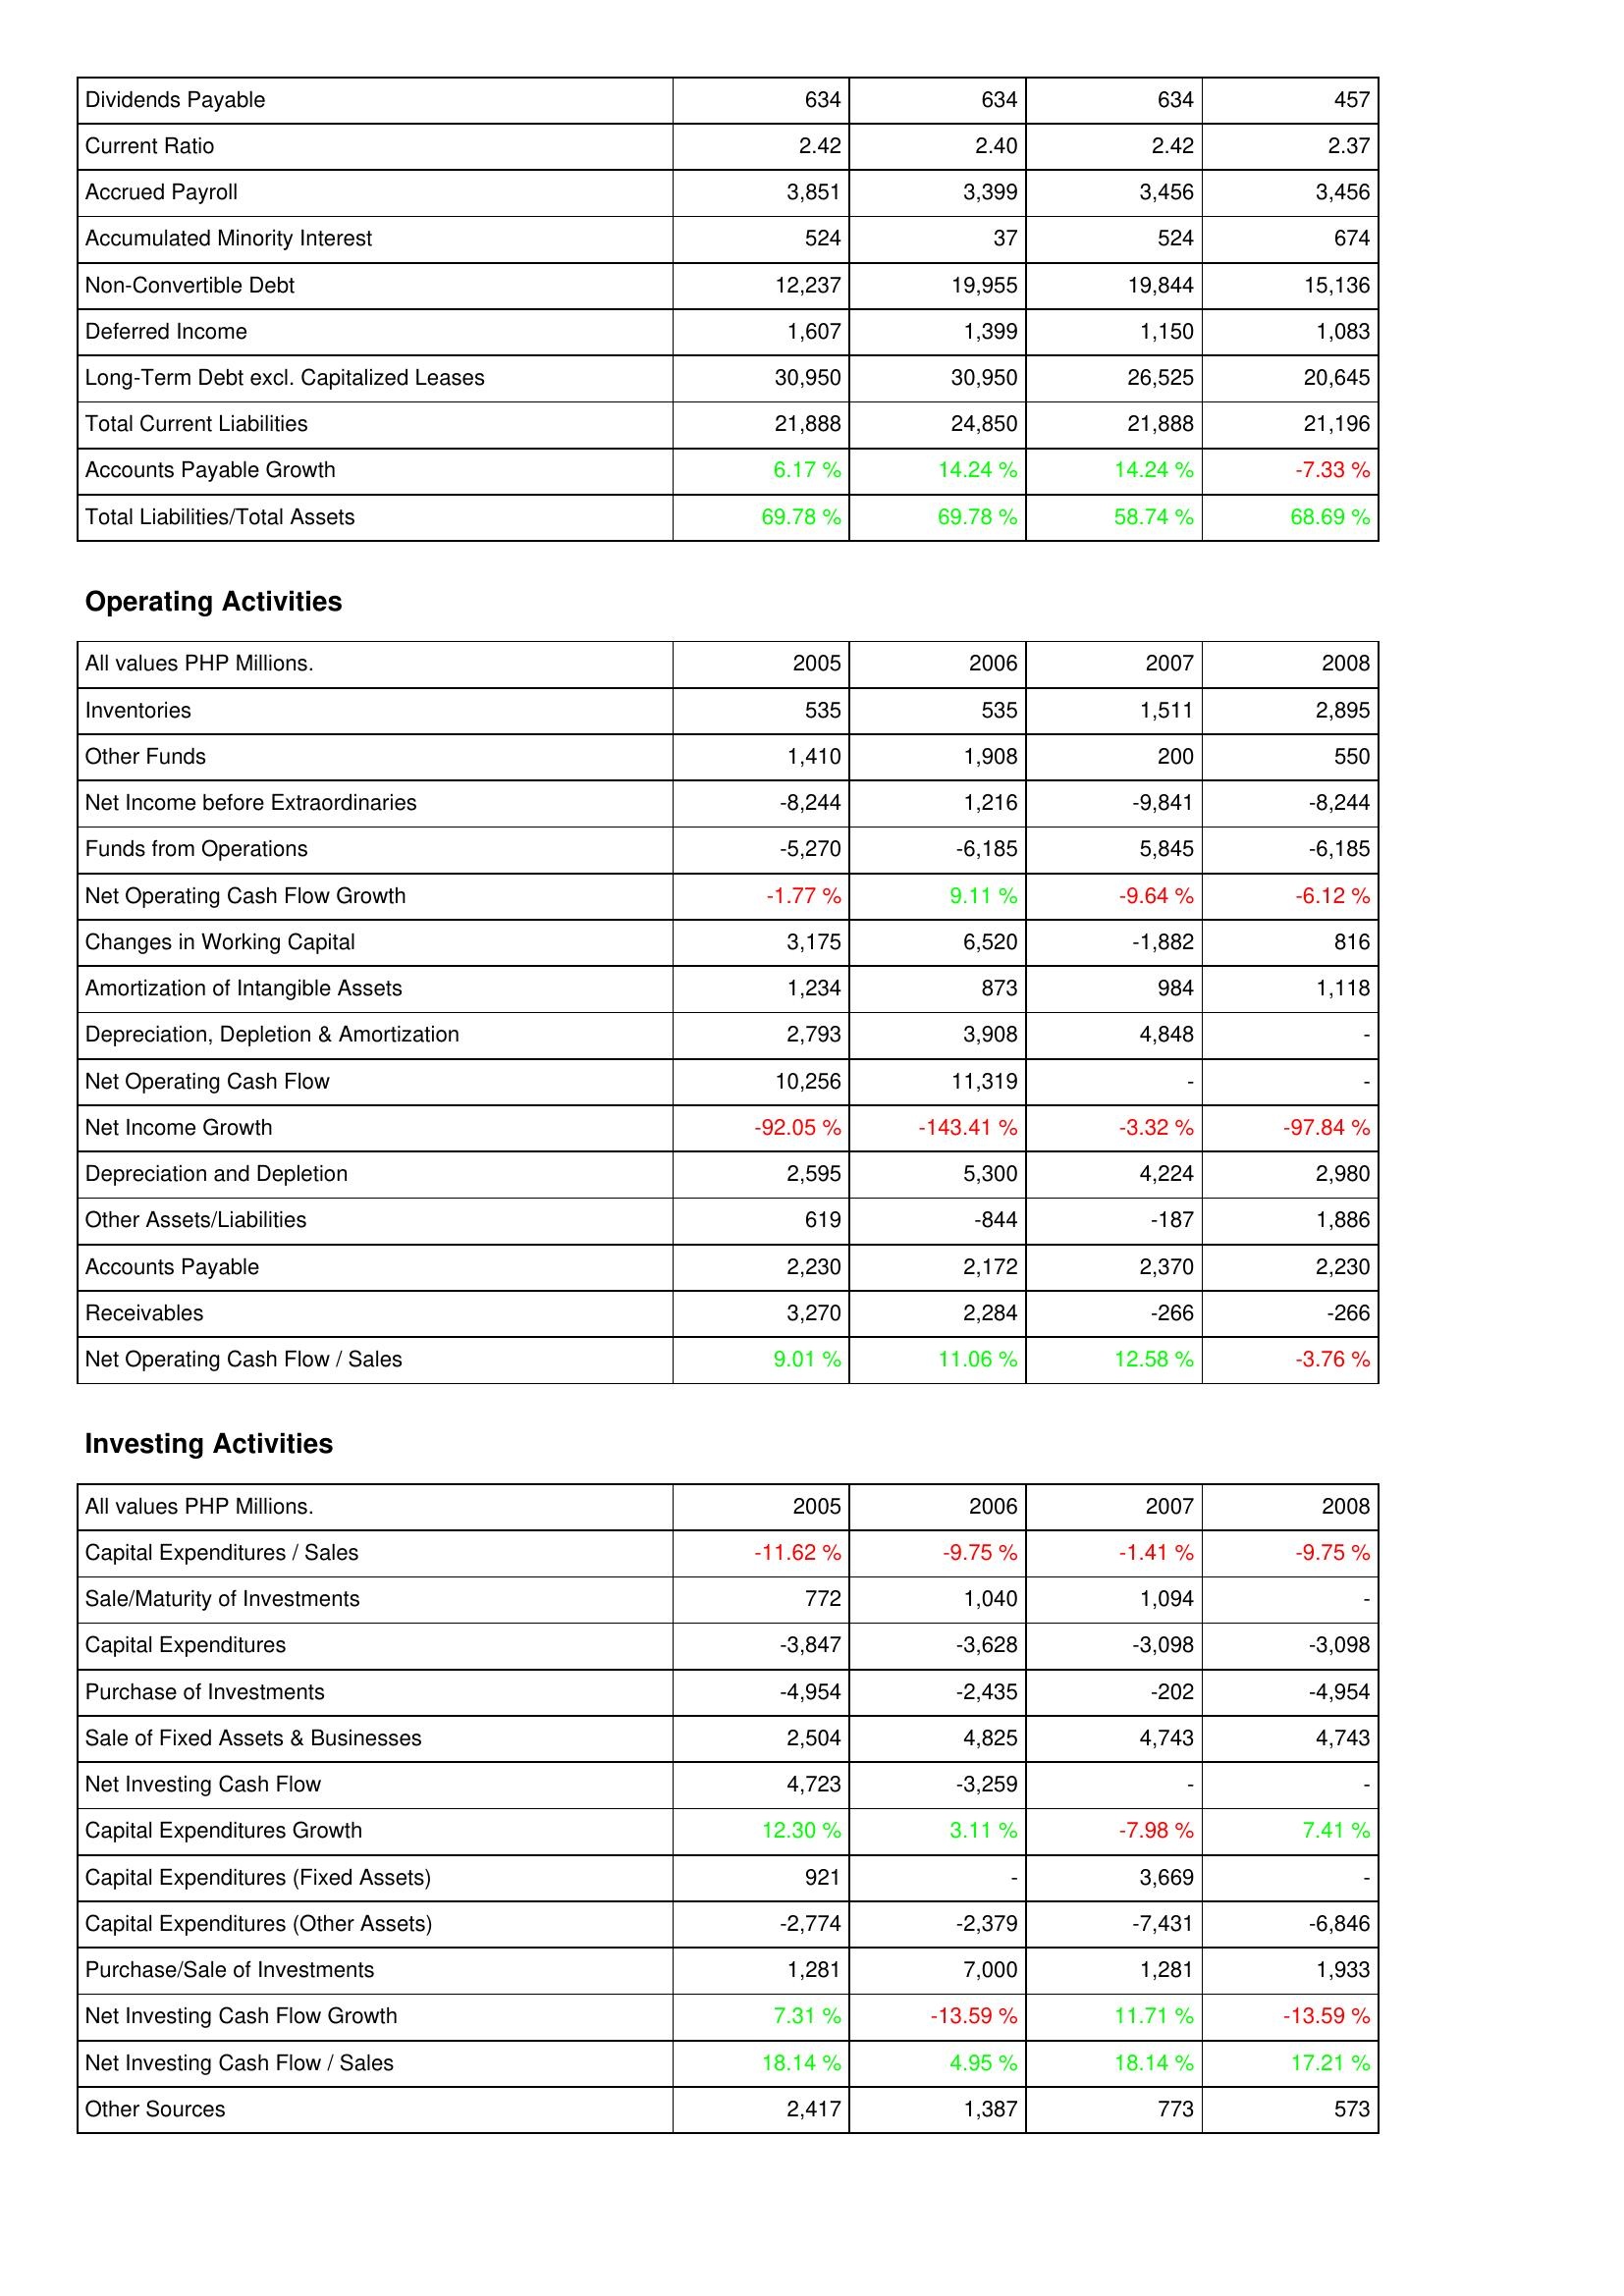
2005: Liabilities & Shareholders' Equity: Dividends Payable: 634
Current Ratio: 2.42
Accrued Payroll: 3,851
Accumulated Minority Interest: 524
Non-Convertible Debt: 12,237
Deferred Income: 1,607
Long-Term Debt excl. Capitalized Leases: 30,950
Total Current Liabilities: 21,888
Accounts Payable Growth: 6.17 %
Total Liabilities/Total Assets: 69.78 %
Operating Activities: Inventories: 535
Other Funds: 1,410
Net Income before Extraordinaries: -8,244
Funds from Operations: -5,270
Net Operating Cash Flow Growth: -1.77 %
Changes in Working Capital: 3,175
Amortization of Intangible Assets: 1,234
Depreciation, Depletion & Amortization: 2,793
Net Operating Cash Flow: 10,256
Net Income Growth: -92.05 %
Depreciation and Depletion: 2,595
Other Assets/Liabilities: 619
Accounts Payable: 2,230
Receivables: 3,270
Net Operating Cash Flow / Sales: 9.01 %
Investing Activities: Capital Expenditures / Sales: -11.62 %
Sale/Maturity of Investments: 772
Capital Expenditures: -3,847
Purchase of Investments: -4,954
Sale of Fixed Assets & Businesses: 2,504
Net Investing Cash Flow: 4,723
Capital Expenditures Growth: 12.30 %
Capital Expenditures (Fixed Assets): 921
Capital Expenditures (Other Assets): -2,774
Purchase/Sale of Investments: 1,281
Net Investing Cash Flow Growth: 7.31 %
Net Investing Cash Flow / Sales: 18.14 %
Other Sources: 2,417
2006: Liabilities & Shareholders' Equity: Dividends Payable: 634
Current Ratio: 2.40
Accrued Payroll: 3,399
Accumulated Minority Interest: 37
Non-Convertible Debt: 19,955
Deferred Income: 1,399
Long-Term Debt excl. Capitalized Leases: 30,950
Total Current Liabilities: 24,850
Accounts Payable Growth: 14.24 %
Total Liabilities/Total Assets: 69.78 %
Operating Activities: Inventories: 535
Other Funds: 1,908
Net Income before Extraordinaries: 1,216
Funds from Operations: -6,185
Net Operating Cash Flow Growth: 9.11 %
Changes in Working Capital: 6,520
Amortization of Intangible Assets: 873
Depreciation, Depletion & Amortization: 3,908
Net Operating Cash Flow: 11,319
Net Income Growth: -143.41 %
Depreciation and Depletion: 5,300
Other Assets/Liabilities: -844
Accounts Payable: 2,172
Receivables: 2,284
Net Operating Cash Flow / Sales: 11.06 %
Investing Activities: Capital Expenditures / Sales: -9.75 %
Sale/Maturity of Investments: 1,040
Capital Expenditures: -3,628
Purchase of Investments: -2,435
Sale of Fixed Assets & Businesses: 4,825
Net Investing Cash Flow: -3,259
Capital Expenditures Growth: 3.11 %
Capital Expenditures (Fixed Assets): -
Capital Expenditures (Other Assets): -2,379
Purchase/Sale of Investments: 7,000
Net Investing Cash Flow Growth: -13.59 %
Net Investing Cash Flow / Sales: 4.95 %
Other Sources: 1,387
2007: Liabilities & Shareholders' Equity: Dividends Payable: 634
Current Ratio: 2.42
Accrued Payroll: 3,456
Accumulated Minority Interest: 524
Non-Convertible Debt: 19,844
Deferred Income: 1,150
Long-Term Debt excl. Capitalized Leases: 26,525
Total Current Liabilities: 21,888
Accounts Payable Growth: 14.24 %
Total Liabilities/Total Assets: 58.74 %
Operating Activities: Inventories: 1,511
Other Funds: 200
Net Income before Extraordinaries: -9,841
Funds from Operations: 5,845
Net Operating Cash Flow Growth: -9.64 %
Changes in Working Capital: -1,882
Amortization of Intangible Assets: 984
Depreciation, Depletion & Amortization: 4,848
Net Operating Cash Flow: -
Net Income Growth: -3.32 %
Depreciation and Depletion: 4,224
Other Assets/Liabilities: -187
Accounts Payable: 2,370
Receivables: -266
Net Operating Cash Flow / Sales: 12.58 %
Investing Activities: Capital Expenditures / Sales: -1.41 %
Sale/Maturity of Investments: 1,094
Capital Expenditures: -3,098
Purchase of Investments: -202
Sale of Fixed Assets & Businesses: 4,743
Net Investing Cash Flow: -
Capital Expenditures Growth: -7.98 %
Capital Expenditures (Fixed Assets): 3,669
Capital Expenditures (Other Assets): -7,431
Purchase/Sale of Investments: 1,281
Net Investing Cash Flow Growth: 11.71 %
Net Investing Cash Flow / Sales: 18.14 %
Other Sources: 773
2008: Liabilities & Shareholders' Equity: Dividends Payable: 457
Current Ratio: 2.37
Accrued Payroll: 3,456
Accumulated Minority Interest: 674
Non-Convertible Debt: 15,136
Deferred Income: 1,083
Long-Term Debt excl. Capitalized Leases: 20,645
Total Current Liabilities: 21,196
Accounts Payable Growth: -7.33 %
Total Liabilities/Total Assets: 68.69 %
Operating Activities: Inventories: 2,895
Other Funds: 550
Net Income before Extraordinaries: -8,244
Funds from Operations: -6,185
Net Operating Cash Flow Growth: -6.12 %
Changes in Working Capital: 816
Amortization of Intangible Assets: 1,118
Depreciation, Depletion & Amortization: -
Net Operating Cash Flow: -
Net Income Growth: -97.84 %
Depreciation and Depletion: 2,980
Other Assets/Liabilities: 1,886
Accounts Payable: 2,230
Receivables: -266
Net Operating Cash Flow / Sales: -3.76 %
Investing Activities: Capital Expenditures / Sales: -9.75 %
Sale/Maturity of Investments: -
Capital Expenditures: -3,098
Purchase of Investments: -4,954
Sale of Fixed Assets & Businesses: 4,743
Net Investing Cash Flow: -
Capital Expenditures Growth: 7.41 %
Capital Expenditures (Fixed Assets): -
Capital Expenditures (Other Assets): -6,846
Purchase/Sale of Investments: 1,933
Net Investing Cash Flow Growth: -13.59 %
Net Investing Cash Flow / Sales: 17.21 %
Other Sources: 573